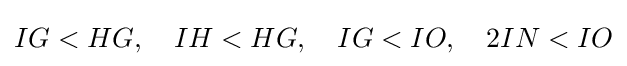
IG<HG,\quad IH<HG,\quad IG<IO,\quad 2IN<IO